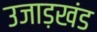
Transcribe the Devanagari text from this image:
उजाड़खंड